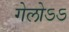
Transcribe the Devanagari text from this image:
गेलोऽऽ